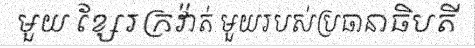
មួយ ខ្សែរក្រវ៉ាត់ មួយរបស់ប្រធានាធិបតី